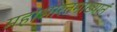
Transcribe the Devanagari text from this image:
महाभारतमाख्यानं